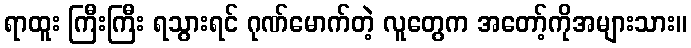
ရာထူး ကြီးကြီး ရသွားရင် ဂုဏ်မောက်တဲ့ လူတွေက အတော့်ကိုအများသား။